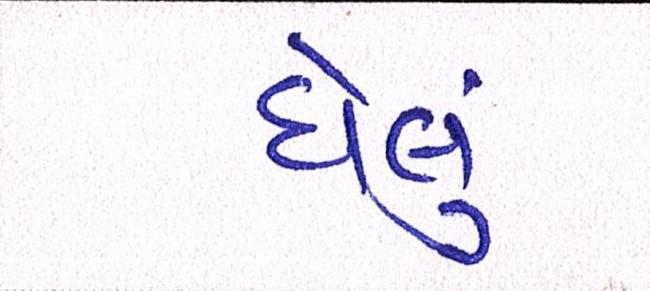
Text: ઘેલું